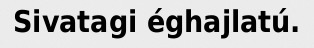
Sivatagi éghajlatú.